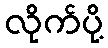
လိုက်ပို့